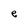
Character: e